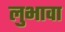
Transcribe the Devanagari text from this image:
लुभावा